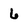
Character: 6